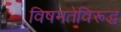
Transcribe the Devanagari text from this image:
विषमतेविरूद्ध